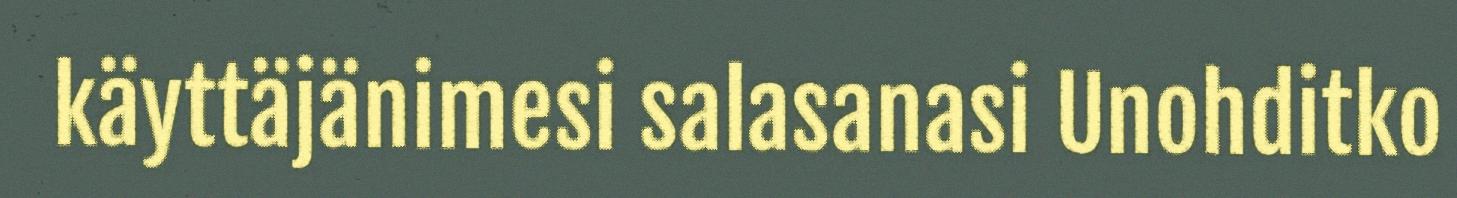
käyttäjänimesi salasanasi Unohditko